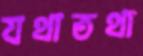
যথাতথা